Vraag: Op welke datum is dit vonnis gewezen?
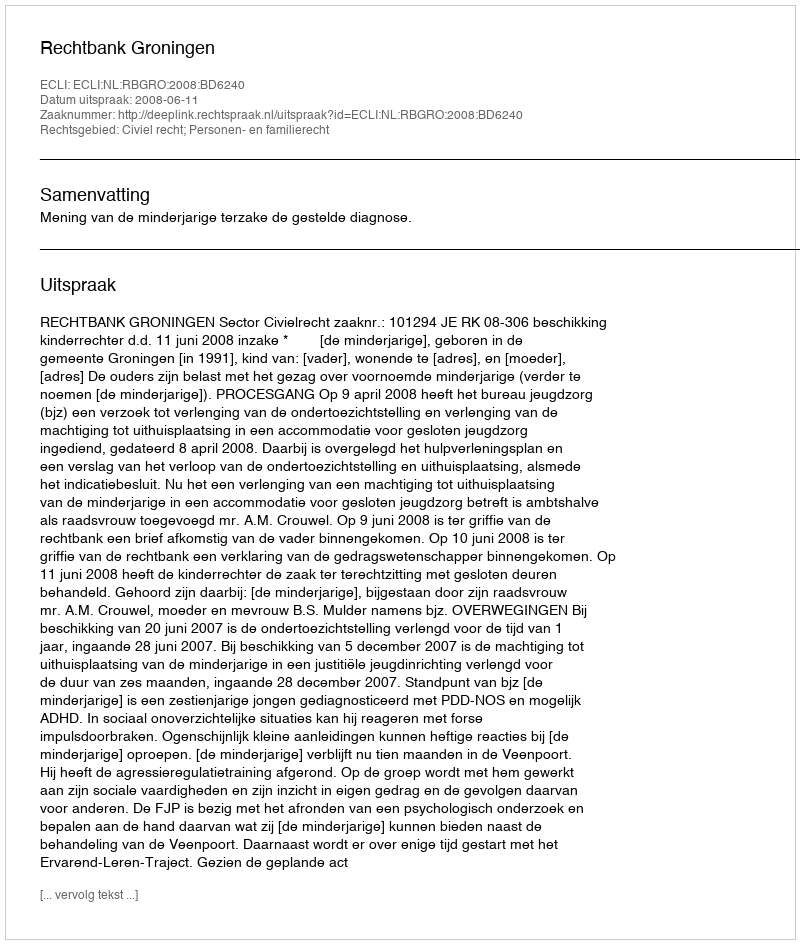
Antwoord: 2008-06-11